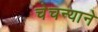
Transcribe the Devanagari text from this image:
चेचन्याने